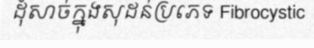
ដុំសាច់ក្នុងសុដន់ប្រភេទ Fibrocystic